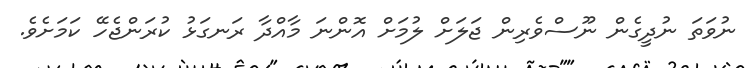
ނުވަތަ ނުދީގެން ނޫސްވެރިން ޖަލަށް ލުމަށް އޮންނަ މާއްދާ ރަނގަޅު ކުރަންޖެހޭ ކަމަށެވެ.